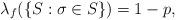
LaTeX: \begin{align*}\lambda_f(\{S:\sigma\in S\})=1-p,\end{align*}